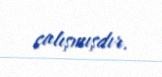
çalışmışdır.